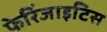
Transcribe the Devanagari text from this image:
फेरिंजाइटिस